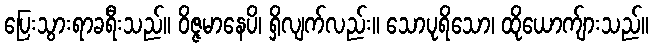
ပြေးသွားရာခရီးသည်။ ဝိဇ္ဇမာနေပိ၊ ရှိလျက်လည်း။ သောပုရိသော၊ ထိုယောက်ျားသည်။